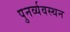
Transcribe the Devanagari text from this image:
पुनर्व्यवस्थन